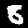
Label: 8